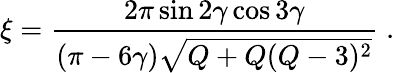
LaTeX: \xi=\frac{2\pi\sin 2\gamma\cos 3\gamma}{(\pi-6\gamma)\sqrt{Q+Q(Q-3)^{2}}}\; .